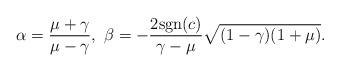
LaTeX: \begin{align*}\alpha=\frac{\mu+\gamma}{\mu-\gamma},\ \beta=-\frac{2\textup{sgn}(c)}{\gamma-\mu}\sqrt{(1-\gamma)(1+\mu)}.\end{align*}